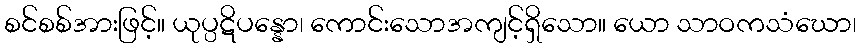
စင်စစ်အားဖြင့်။ ယုပ္ပဋိပန္နော၊ ကောင်းသောအကျင့်ရှိသော။ ယော သာဝကသံဃော၊